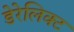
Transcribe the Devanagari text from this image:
डेरेलिक्ट